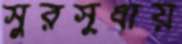
সুরসুধায়